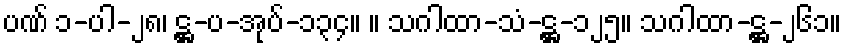
ပဏ် ၁-ပါ-၂၈၊ ဋ္ဌ-ပ-အုပ်-၁၃၄။ ။ သဂါထာ-သံ-ဋ္ဌ-၁၂၅။ သဂါထာ-ဋ္ဌ-၂၆၁။